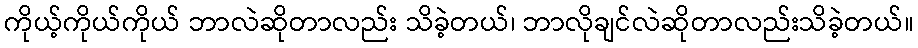
ကိုယ့်ကိုယ်ကိုယ် ဘာလဲဆိုတာလည်း သိခဲ့တယ်၊ ဘာလိုချင်လဲဆိုတာလည်းသိခဲ့တယ်။